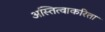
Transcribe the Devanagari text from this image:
अस्तित्वाकरिता